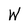
Character: W